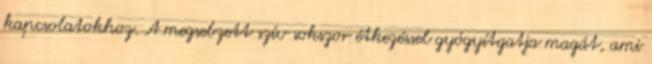
kapcsolatokhoz. A megsebzett szív sokszor étkezéssel gyógyítgatja magát, ami